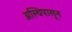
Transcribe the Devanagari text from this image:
अस्थिपासून